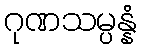
ဂုဏသမ္ပန္နံ